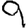
Digit: 9